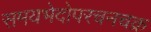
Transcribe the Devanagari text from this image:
समयभेदोपरचनचक्र